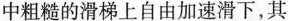
中粗糙的滑梯上自由加速滑下，其